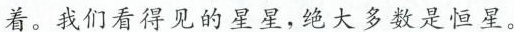
着。我们看得见的星星，绝大多数是恒星。